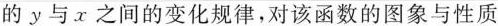
的y与x之间的变化规律，对该函数的图象与性质